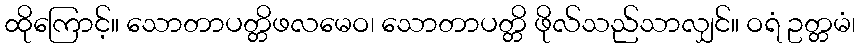
ထိုကြောင့်။ သောတာပတ္တိဖလမေဝ၊ သောတာပတ္တိ ဖိုလ်သည်သာလျှင်။ ဝရံ ဥတ္တမံ၊